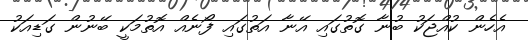
އެހެން ކުއްޖަކު ބުނާ ގޮތުގައި އޭނާ އަތުގައި ފޯނެއް އޮތުމަކީ ބޭނުން ގަޑިއަކު